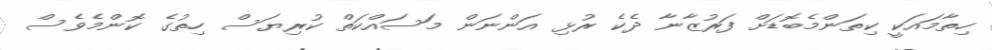
ހިތާމައަކީ ކިތަންމެބޮޑަށް ފަރުޒާނާ ދެކެ ރުޅި އަންނަން މަސައްކަތް ކުރިޔަސް ހިތުގެ ކޮންމެވެސް